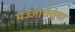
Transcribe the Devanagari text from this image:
मज्जातंतूंचा